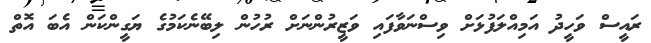
ރައީސް ވަހީދު އަމިއްލަފުޅަށް ވިސްނަވާފައި ވަޒީރުންނަށް ރުހުން ލިބޭނެކަމުގެ ޔަގީންކަން އެބަ އޮތް